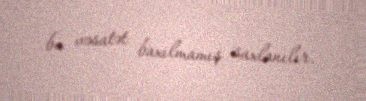
bu vəsatət baxılmamış saxlanılır.